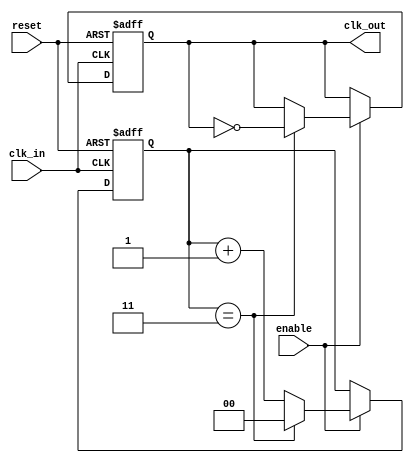
module ClockDividerBuffer #(
    parameter N = 4  // Division factor (must be greater than 1)
)(
    input wire clk_in,      // Input clock signal
    input wire reset,       // Asynchronous reset signal
    input wire enable,      // Enable signal for the output clock
    output reg clk_out      // Output clock signal
);

    // Internal counter to keep track of clock cycles
    reg [$clog2(N)-1:0] counter; // Counter width based on division factor

    // Asynchronous reset and clock division logic
    always @(posedge clk_in or posedge reset) begin
        if (reset) begin
            counter <= 0;      // Reset counter
            clk_out <= 0;      // Reset output clock
        end else if (enable) begin
            if (counter == (N-1)) begin
                clk_out <= ~clk_out; // Toggle output clock
                counter <= 0;         // Reset counter
            end else begin
                counter <= counter + 1; // Increment counter
            end
        end
    end

endmodule